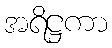
အရိဋ္ဌကာ